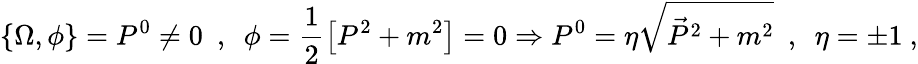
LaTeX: \{ \Omega,\phi\} =P^{0}\neq 0\ \ ,\ \ \phi=\frac{1}{2}\left[P^{2}+m^{2}\right]=0\Rightarrow P^{0}=\eta\sqrt{\vec{P}^{2}+m^{2}}\ \ ,\ \ \eta=\pm 1\ ,